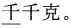
\underline{千}千克。